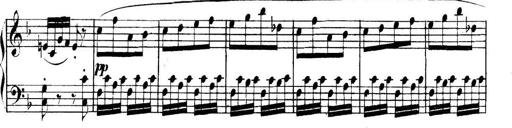
Title: Collected Piano Sonatas
Composer: Muzio Clementi